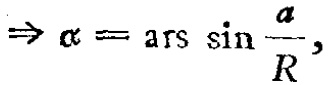
\(\Rightarrow \alpha = \mathrm{ars}\sin\frac{a}{R},\)